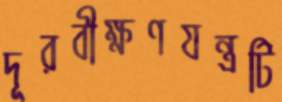
দূরবীক্ষণযন্ত্রটি